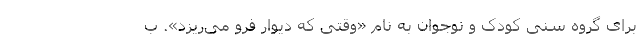
برای گروه سنی کودک و نوجوان به نام «وقتی که دیوار فرو می‌ریزد». ب